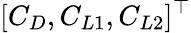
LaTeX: [C_{D},C_{L1},C_{L2}]^{\top}